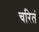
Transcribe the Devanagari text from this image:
चरितं